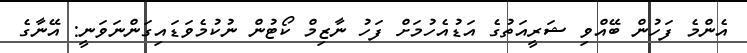
އެންމެ ފަހުން ބޭއްވި ޝަރީއަތުގެ އަޑުއެހުމަށް ފަހު ނާޒިމް ކޯޓުން ނުކުމެވަޑައިގަންނަވަނީ: އޭނާގެ